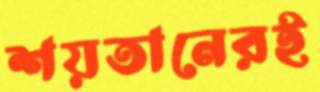
শয়তানেরই